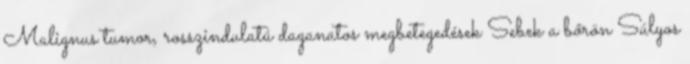
Malignus tumor, rosszindulatú daganatos megbetegedések Sebek a bőrön Súlyos